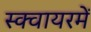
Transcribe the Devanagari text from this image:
स्क्वायरमें